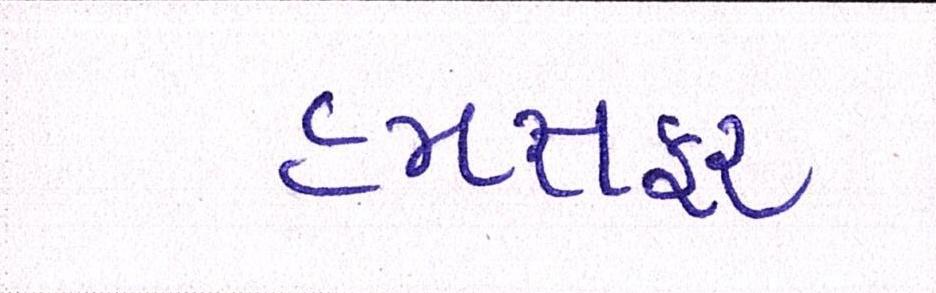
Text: હમસફર